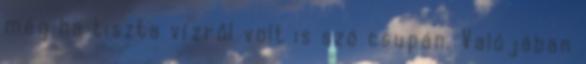
még ha tiszta vízről volt is szó csupán. Valójában